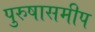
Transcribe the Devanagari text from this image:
पुरुषासमीप